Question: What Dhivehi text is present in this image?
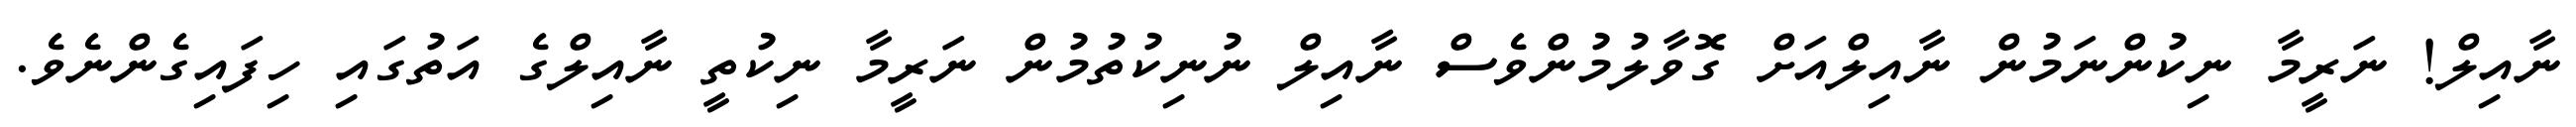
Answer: ނާއިލް! ނަރީމާ ނިކުންނަމުން ނާއިލްއަށް ގޮވާލުމުންވެސް ނާއިލް ނުނިކުތުމުން ނަރީމާ ނިކުތީ ނާއިލްގެ އަތުގައި ހިފައިގެންނެވެ.